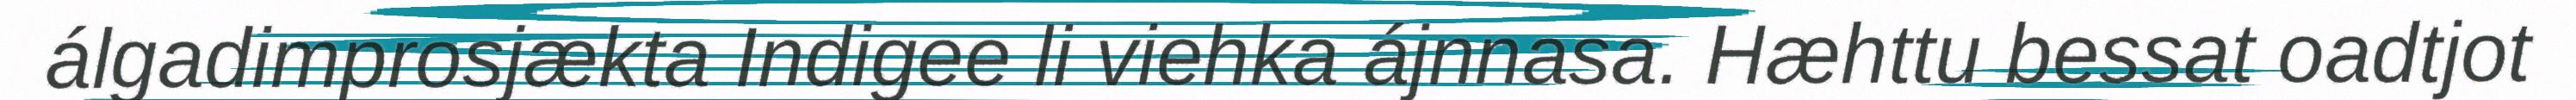
álgadimprosjækta Indigee li viehka ájnnasa. Hæhttu bessat oadtjot